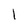
Character: l